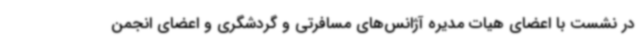
در نشست با اعضای هیات مدیره آژانس‌های مسافرتی و گردشگری و اعضای انجمن